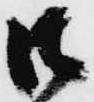
御